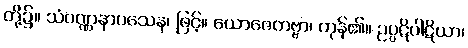
တို့၌။ သံဝဏ္ဏနာဝသေန၊ ဖြင့်။ ယောဇေတဗ္ဗာ၊ ကုန်၏။ ဥပ္ပဋိပါဋိယာ၊